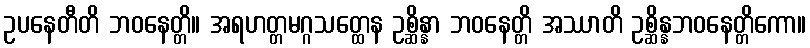
ဥပနေတီတိ ဘဝနေတ္တိ။ အရဟတ္တမဂ္ဂသတ္ထေန ဥစ္ဆိန္နာ ဘဝနေတ္တိ အဿာတိ ဥစ္ဆိန္နဘဝနေတ္တိကော။